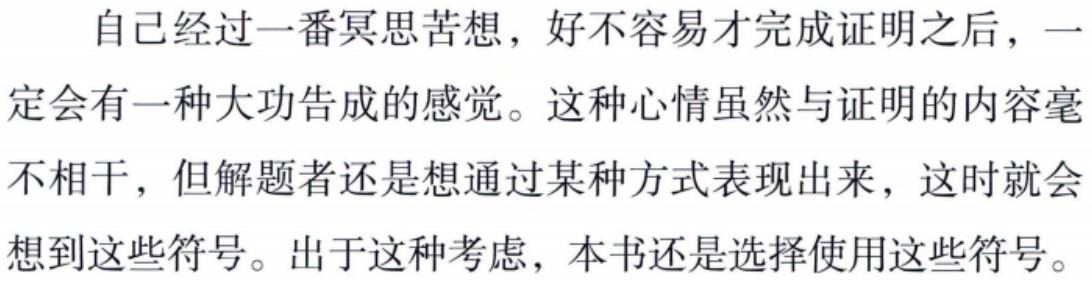
自己经过一番冥思苦想，好不容易才完成证明之后，一定会有一种大功告成的感觉。这种心情虽然与证明的内容毫不相干，但解题者还是想通过某种方式表现出来，这时就会想到这些符号。出于这种考虑，本书还是选择使用这些符号。